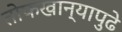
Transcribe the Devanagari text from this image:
तोफखान्यापुढे